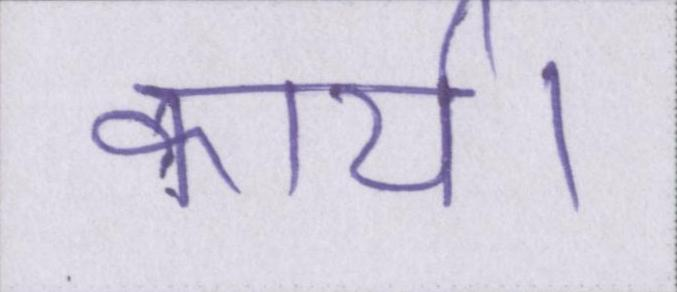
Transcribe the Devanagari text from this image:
कार्य।